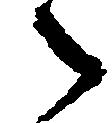
々